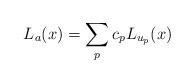
LaTeX: \begin{align*}L_a(x) =\sum_{p} c_p L_{u_p}(x)\end{align*}